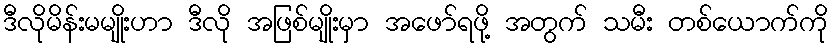
ဒီလိုမိန်းမမျိုးဟာ ဒီလို အဖြစ်မျိုးမှာ အဖော်ရဖို့ အတွက် သမီး တစ်ယောက်ကို